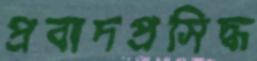
প্রবাদপ্রসিদ্ধ